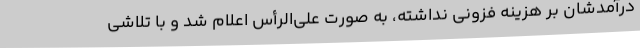
درآمدشان بر هزینه فزونی نداشته، به صورت علی‌الرأس اعلام شد و با تلاشی